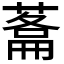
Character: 𮐬